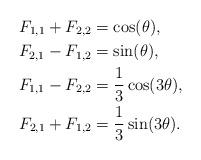
LaTeX: \begin{align*}F_{1,1}+F_{2,2}&=\cos(\theta),\\F_{2,1}-F_{1,2}&=\sin(\theta),\\F_{1,1}-F_{2,2}&=\frac{1}{3}\cos(3\theta),\\F_{2,1}+F_{1,2}&=\frac{1}{3}\sin(3\theta).\end{align*}